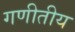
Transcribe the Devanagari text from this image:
गणीतीय